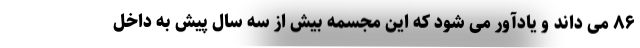
۸۶ می داند و یادآور می شود که این مجسمه بیش از سه سال پیش به داخل